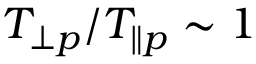
T _ { \perp p } / T _ { \parallel p } \sim 1